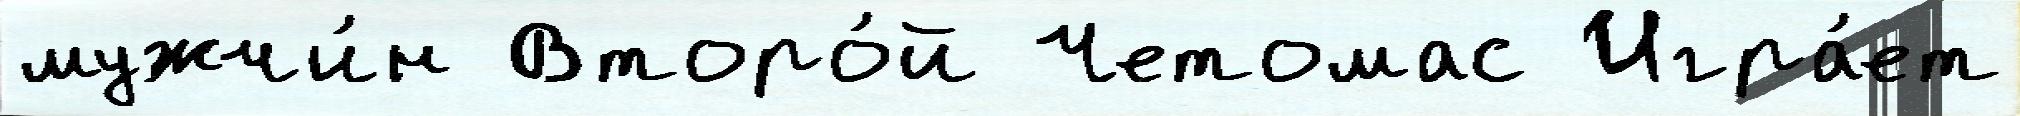
мужчи́н Второ́й Четомас Игра́ет